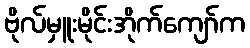
ဗိုလ်မှူးမိုင်းအိုက်ကျော်က